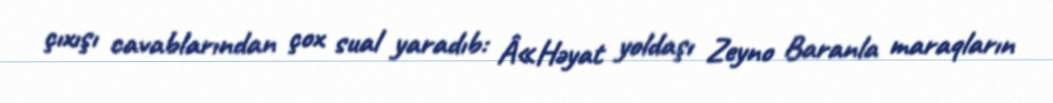
çıxışı cavablarından çox sual yaradıb: Â«Həyat yoldaşı Zeyno Baranla maraqların